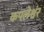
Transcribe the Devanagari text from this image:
कपलेश्वंर